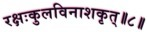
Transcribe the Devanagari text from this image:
रक्षःकुलविनाशकृत्‌॥८॥